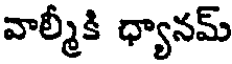
వాల్మీకి ధ్యానమ్